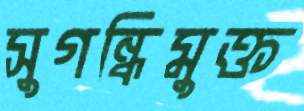
সুগন্ধিমুক্ত